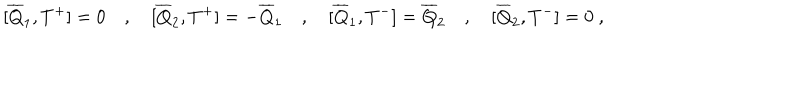
LaTeX: [ \overline { { { Q } } } _ { 1 } , T ^ { + } ] = 0 \quad , \quad [ \overline { { { Q } } } _ { 2 } , T ^ { + } ] = - \overline { { { Q } } } _ { 1 } \quad , \quad [ \overline { { { Q } } } _ { 1 } , T ^ { - } ] = \overline { { { Q } } } _ { 2 } \quad , \quad [ \overline { { { Q } } } _ { 2 } , T ^ { - } ] = 0 \ ,